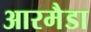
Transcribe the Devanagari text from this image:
आरमैडा